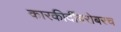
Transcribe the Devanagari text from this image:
कारकीर्दीबरोबरच